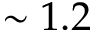
\sim 1 . 2